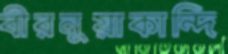
বীরনুয়াকান্দি